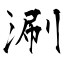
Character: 涮